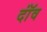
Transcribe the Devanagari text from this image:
दॉंव